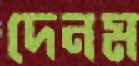
দেনম